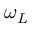
\omega _ { L }